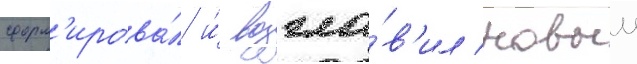
сформ'ирова́л и́ возгла́в'ил новыи